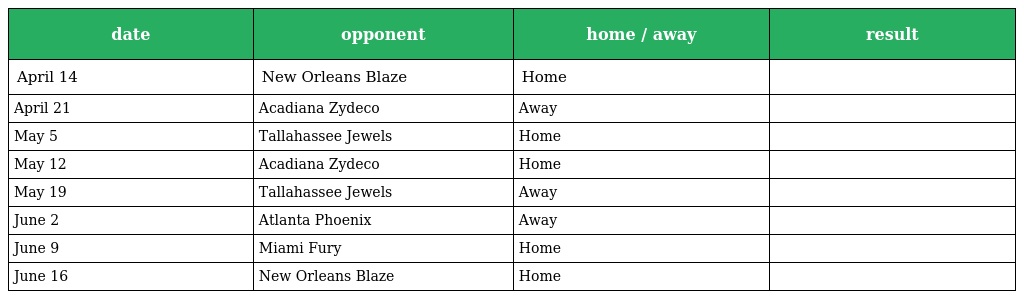
| date | opponent | home / away | result |
 | --- | --- | --- | --- |
 | April 14 | New Orleans Blaze | Home |  |
 | April 21 | Acadiana Zydeco | Away |  |
 | May 5 | Tallahassee Jewels | Home |  |
 | May 12 | Acadiana Zydeco | Home |  |
 | May 19 | Tallahassee Jewels | Away |  |
 | June 2 | Atlanta Phoenix | Away |  |
 | June 9 | Miami Fury | Home |  |
 | June 16 | New Orleans Blaze | Home |  |